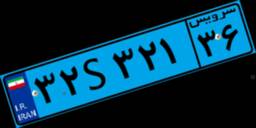
۳۲S۳۲۱۳۶